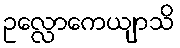
ဥလ္လောကေယျာသိ